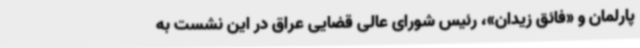
پارلمان و «فائق زیدان»، رئیس شورای عالی قضایی عراق در این نشست به